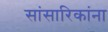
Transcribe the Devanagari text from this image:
सांसारिकांना